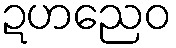
ဍဟညေဝ